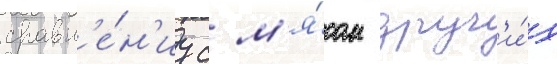
сравн'е́н'иу с м'я́сом друг'и́х